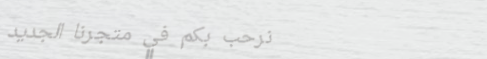
نرحب بكم في متجرنا الجديد